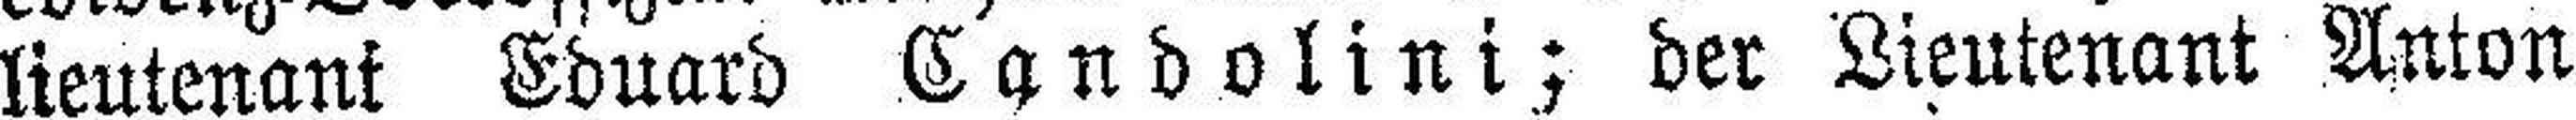
lieutenank Eduard Candolini; der Lieutenant Anton